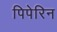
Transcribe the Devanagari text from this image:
पिपेरिन